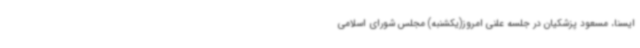
ایسنا، مسعود پزشکیان در جلسه علنی امروز(یکشنبه) مجلس شورای اسلامی